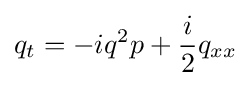
q_{t}=-iq^{2}p+{\frac {i}{2}}q_{xx}